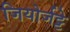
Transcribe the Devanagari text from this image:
जियोर्जट्टे